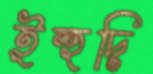
ইহুদি